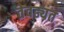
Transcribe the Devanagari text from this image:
तेवढ्यत